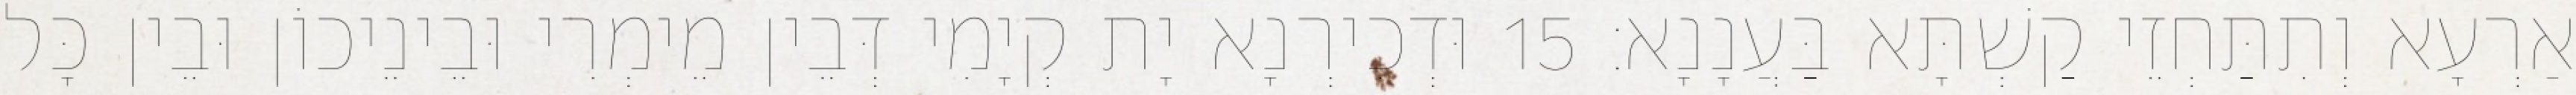
אַרְעָא וְתִתַּחְזֵי קַשְׁתָּא בַּעֲנָנָא׃ 15 וּדְכִירְנָא יָת קְיָמִי דְּבֵין מֵימְרִי וּבֵינֵיכוֹן וּבֵין כָּל